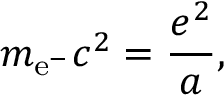
m _ { \mathrm { e } ^ { - } } c ^ { 2 } = \frac { e ^ { 2 } } { a } ,